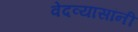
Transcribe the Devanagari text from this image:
वेदव्यासांनी